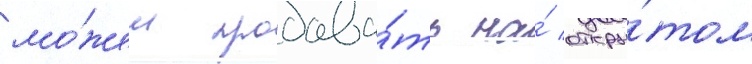
мо́жем продава́ть на́ откры́том